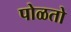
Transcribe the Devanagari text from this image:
पोळतो